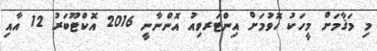
މި މަޤާމަށް މީހަކު ހޮވުމަށް އިންޓަރވިއު އޮންނާނީ 2016 އޮކްޓޫބަރު 12 އާއި